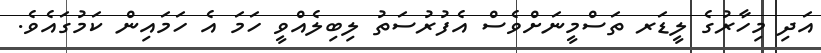
އަދި މިހާރުގެ ލީޑަރ ތަސްމީނަށްވެސް އެފުރުސަތު ލިބިލެއްވީ ހަމަ އެ ހަމައިން ކަމުގައެވެ.